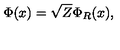
\Phi ( x ) = \sqrt { Z } \Phi _ { R } ( x ) ,